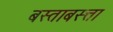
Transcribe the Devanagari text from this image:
बस्ताबस्त्ता